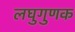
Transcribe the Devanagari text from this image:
लघुगुणक